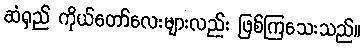
ဆံရှည် ကိုယ်တော်လေးများလည်း ဖြစ်ကြသေးသည်။